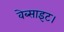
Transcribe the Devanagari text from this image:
वेब्साइट।